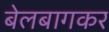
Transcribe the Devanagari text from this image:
बेलबागकर